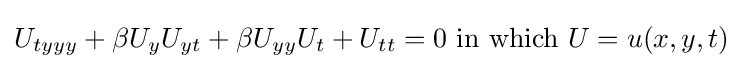
U_{tyyy}+\beta U_{y}U_{yt}+\beta U_{yy}U_{t}+U_{tt}=0{\text{ in which }}U=u(x,y,t)